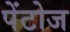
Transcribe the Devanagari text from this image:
पेंटोज